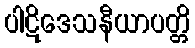
ပါဋိဒေသနီယာပတ္တိ